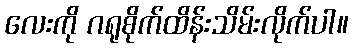
လေးကို ဂရုစိုက်ထိန်းသိမ်းလိုက်ပါ။